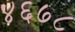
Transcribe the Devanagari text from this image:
४६७८